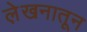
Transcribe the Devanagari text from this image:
ले़खनातून